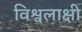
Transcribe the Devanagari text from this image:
विश्वलाक्षी